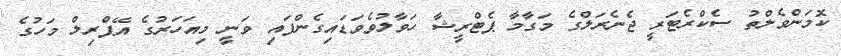
ކޮމަންވެލްތު ސެކްރެޓަރީ ޖެނެރަލްގެ މަގާމާ ޕެޓްރީޝާ ހަވާލުވެވަޑައިގެންފައި ވަނީ މިއަހަރުގެ އޭޕްރިލް މަހުގެ